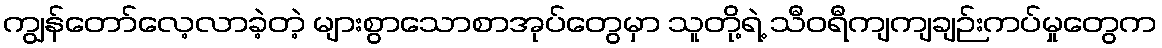
ကျွန်တော်လေ့လာခဲ့တဲ့ များစွာသောစာအုပ်တွေမှာ သူတို့ရဲ့ သီဝရီကျကျချဉ်းကပ်မှုတွေက